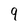
Character: 9